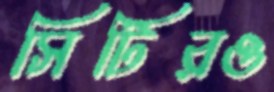
সিটিরও